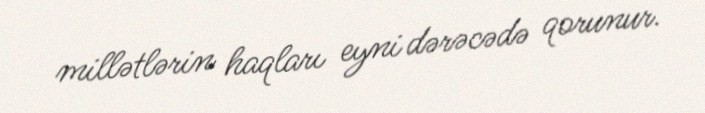
millətlərin haqları eyni dərəcədə qorunur.